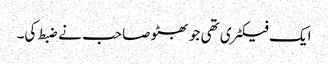
ایک فیکٹری تھی جو بھٹو صاحب نے ضبط کی۔